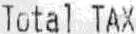
TOTAL TAX